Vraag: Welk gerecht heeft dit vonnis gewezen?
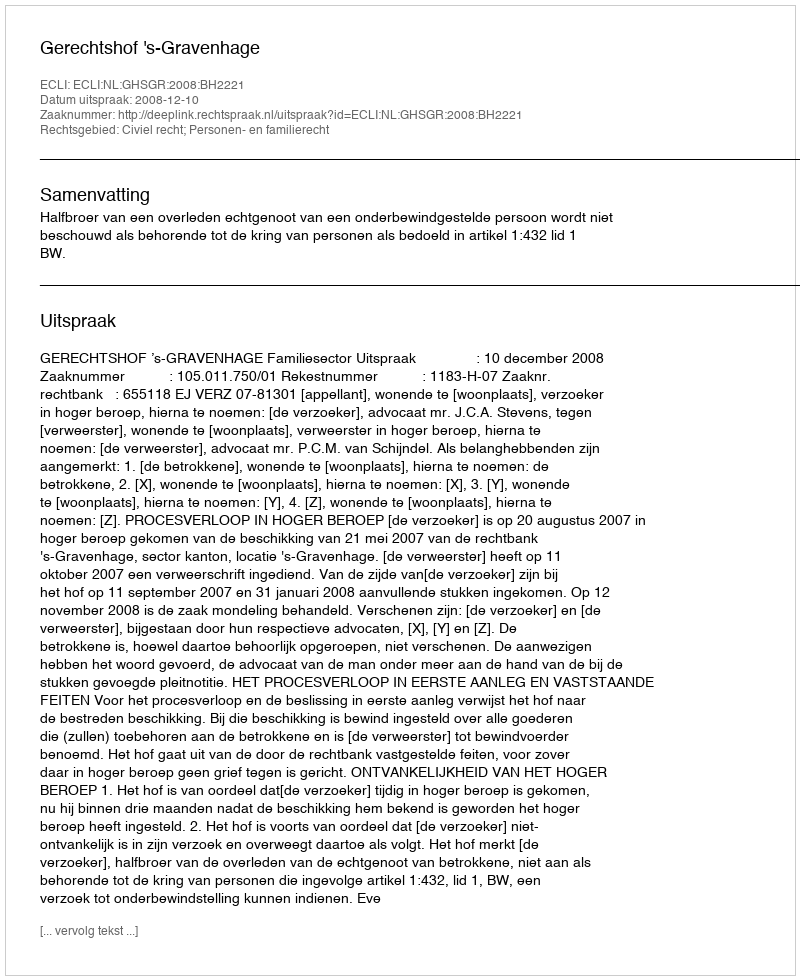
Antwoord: Gerechtshof 's-Gravenhage